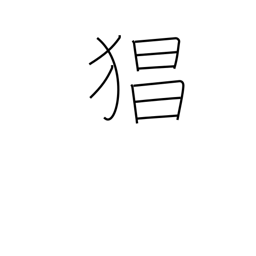
Meaning: violence